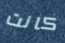
كانت